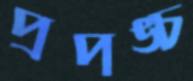
প্রপঙ্চ